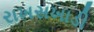
રાખસખાડી